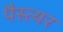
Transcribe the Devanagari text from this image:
पैस्त्यर